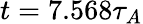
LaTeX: t=7.568\tau_{A}